Medical and sanitary report of the native army of Bengal for the year
Year: 1878
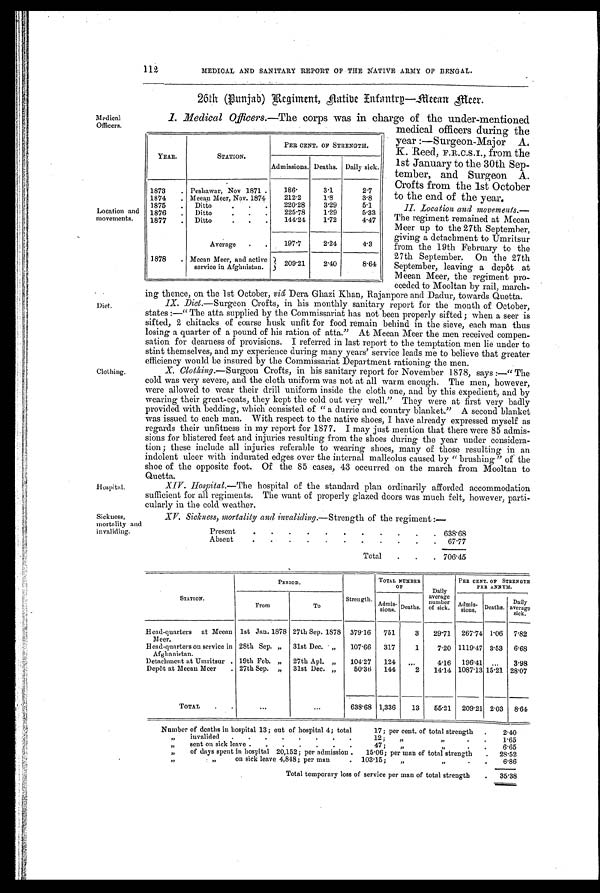
112
MEDICAL AND SANITARY REPORT OF THE NATIVE ARMY OF BENGAL.
26th (Punjab) Regiment, Flatibe Enfantrg—Meean Meer.
Medical
Officers.
Location and
movements.
Diet.
Clothing.
I . M e d i c a l O f f i c e r s . —
The corps was in charge of the under-mentioned
medical officers during the
year :—Surgeon-Major A,
K. Reed, F.R.C.S.I., from the
1st January to the 30th Sep-
tember, and Surgeon A.
Crofts from the 1st October
to the end of the year.
II. Location and movements.
— T h e r e g i m e n t r e m a i n e d a t M e e a n
Meer up to the 27th September,
giving a detachment to Umritsur
from the 19th February to the
27th September. On the 27th
September, leaving a depôt at
Meean Meer, the regiment pro-
ceeded to Mooltan by rail, march-
ing thence, on the 1st October, viâ Dera Ghazi Khan, Rajanpore and Dadur, towards Quetta.
•
IX. Diet.—Surgeon Crofts, in his monthly sanitary report for the month of October,
states :—" The atta supplied by the Commissariat has not been properly sifted; when a seer is
sifted, 2 chitacks of coarse husk unfit for food remain behind in the sieve, each man thus
losing a quarter of a pound of his ration of atta." At Meean Meer the men received compen-
sation for dearness of provisions. I referred in last report to the temptation men lie under to
stint themselves, and my experience during many years' service leads me to believe that greater
efficiency would be insured by the Commissariat Department rationing the men.
X. Clothing.—Surgeon Crofts, in his sanitary report for November 1878, says :—" The
cold was very severe, and the cloth uniform was not at all warm enough. The men, however,
were allowed to wear their drill uniform inside the cloth one, and by this expedient, and by
wearing their great-coats, they kept the cold out very well." They were at first very badly
provided with bedding, which consisted of " a durrie and country blanket." A second blanket
was issued to each man. With respect to the native shoes, I have already expressed myself as
regards their unfitness in my report for 1877. I may just mention that there were 85 admis-
sions for blistered feet and injuries resulting from the shoes during the year under considera-
tion; these include all injuries referable to wearing shoes, many of those resulting in an
indolent ulcer with indurated edges over the internal malleolus caused by " brushing" of the
shoe of the opposite foot. Of the 85 cases, 43 occurred on the march from Mooltan to
Quetta.
XIV. Hospital.—The hospital of the standard plan ordinarily afforded accommodation
sufficient for all regiments. The want of properly glazed doors was much felt, however, parti-
cularly in the cold weather.
YEAR.
STATION.
PER CENT. OF STRENGTH.
Admissions. Deaths. Daily sick.
1873 . Peshawar, Nov 1871.
186.
3.1
2.7
1874 . Meean Meer, Nov. 1874
212.2
1.8
3.8
1875 . Ditto
. . .
220.28
3.29
5.1
1876 . Ditto.
. .
225.78
1.29
5.33
1877 . Ditto.
. 144.24
1.72
4.47
Average . .
197.7
2.24
4.3
1878 . Meean Meer, and active
service in Afghnistan.
209.21
2.40
8.64
Sickness,
mortality and
invaliding.
XV. Sickness, mortality and invaliding.-Strength of the regiment :-
Present
. . .
.
.
. .
. .
.
. 638.68
Absent
. .
.
. .
. .
. .
.
. 67.77
Total . .
. 706.45
STATION.
PERIOD.
Strength.
TOTAL NUEBER
OF
Daily
average
number of sick.
PER CENT. OF STRENGTH
PER ANNUM.
From
To
Admis- siom. Deaths.
Admis- sions. Deaths. Daily
average sick.
Head-quarters at Meean
Meer.
1st Jan. 1878 27th Sep. 1878 319.16 751
3 29.71 267.74 1.06 7.82
Head-quarters on service in
Afghanistan.
28th Sep. „ 31st Dec. • „ 107.66 317
1
7.20 1119.47 3.53 6.68
Detachment at Umritsur . 19th Feb. „ 27th Apl. „ 104.27 124 . . .
4.16 196.41 ... 3.98
Depôt at Meean Meer . 27th Sep. „ 31st Dec. „
50.36 144
2 14.14 1087.13 15.21 28'07
TOTAL . .
...
...
638.68 1,336
13 55.21 209.21 2.03 8.64
Number of deaths in hospital 13; out of hospital 4; total
17; per cent. of total strength .
2.40
„
, invalided . . , , . . . .
12; „
„
. .
1.65
„
sent on sick leave . . . . . . .
47; „
. .
„.
6.65
„
of days spent in hospital 20,152; per admission . 15.06; per man of total strength . 28.52
„
,„
on sick leave 4,848; per man
. 103-15; „
„
. .
6.86
Total temporary loss of service per man of total strength . 35-38